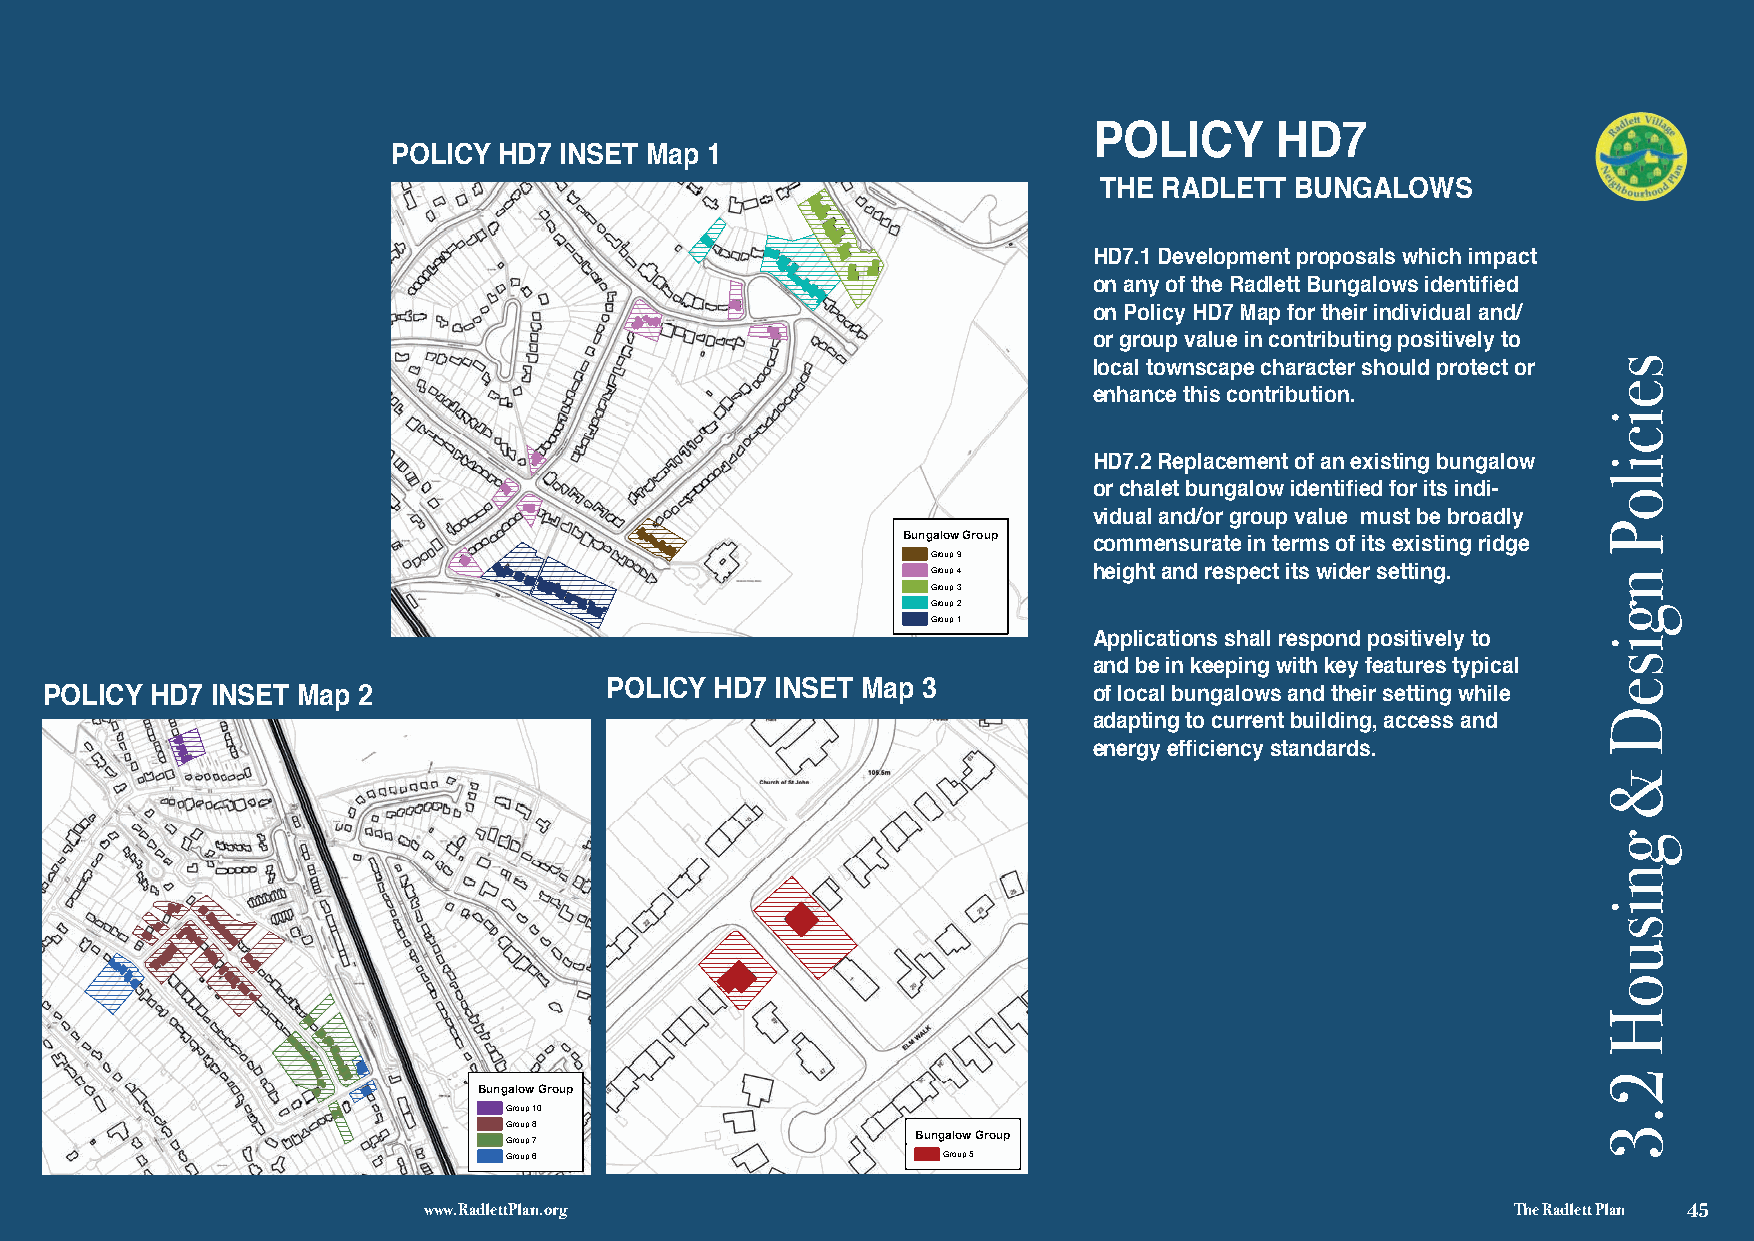
POLICY      HD7
 POLICY HD7 INSET Map 1
 THE RADLETT  BUNGALOWS
 HD7.1 Development proposals which impact
 on any of the Radlett Bungalows identified
 on Policy HD7 Map for their individual and/
 or group value in contributing positively to
 local townscape character should protect or
 enhance this contribution.
 HD7.2 Replacement of an existing bungalow
 or chalet bungalow identified for its indi-
 vidual and/or group value must be broadly
 Bungalow Group
 commensurate in terms of its existing ridge
 Group 9
 -                                      Group 4   height and respect its wider setting.
 Group 3
 Group 2
 Group 1
 Applications shall respond positively to
 © Crown copyright and database rights 2019 Ordnance Survey EUL 100052757
 You are not permitted to copy, sub-licence, distribute or sell any of this data to third parties in any form.
 You are permitted to use this data soley to enable you to respond to, or interact with, the organistaion that provided you with the data. and be in keeping with key features typical
 POLICY HD7 INSET Map 2               POLICY HD7 INSET Map 3          of local bungalows and their setting while
 adapting to current building, access and
 energy efficiency standards.
 Bungalow Group
 -                      -          Group 10
 Group 8
 Group 7                    Bungalow Group
 Group 6                     Group 5
 √ 3 Y© o C u r ao rw en n c oo t p py er ri mgh itt t ea dn d to d ca ota pb y,a ss ue b r -ig lich ets n c2 e0 ,1 d9 i sO trr id bn ua ten c oe r sS eu llr v ae ny y E oU f tL h i1 s0 d0 a0 t5 a2 t7 o5 t7 hird parties in any form. Y© o C u r ao rw en n c oo t p py er ri mgh itt t ea dn d to d ca ota pb y,a ss ue b r -ig lich ets n c2 e0 ,1 d9 i sO trr id bn ua ten c oe r sS eu llr v ae ny y E oU f tL h i1 s0 d0 a0 t5 a2 t7 o5 t7 hird parties in any form.
 You are permitted to use this data soley to enable you to respond to, or interact with, t hwe worwga.nRistaaiodnl tehtattY Pporuol vaaidrnee .dpo eyrormugi twt eidth t toh eu sdea tthai.s data soley to enable you to respond to, or interact with, the organistaion that provided you with the data. The Radlett Plan 45
 seiciloP
 ngiseD
 &
 gnisuoH
 2.3